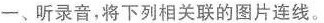
一、听录音，将下列相关联的图片连线。